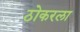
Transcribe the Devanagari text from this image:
ठोकरला